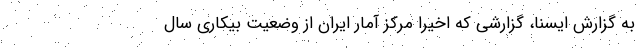
به گزارش ایسنا، گزارشی که اخیرا مرکز آمار ایران از وضعیت بیکاری سال